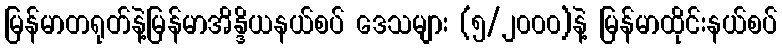
မြန်မာတရုတ်နဲ့မြန်မာအိန္ဒိယနယ်စပ် ဒေသများ (၅/၂၀၀၀)နဲ့ မြန်မာထိုင်းနယ်စပ်